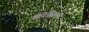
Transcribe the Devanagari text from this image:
कॅरेड्रियस